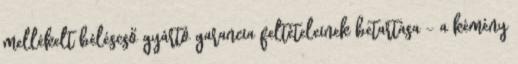
mellékelt béléscső gyártó garancia feltételeinek betartása – a kémény